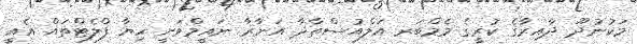
މަކުނުދޫ ދާއިރާގެ ކުރީގެ މެމްބަރ އަލްއުސްތާޛާ އަނާރާ ނައީމްވަނީ ހިޔާ ފްލެޓްތައް އެއީ